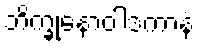
ဘိက္ခုနောဝါဒကာနံ